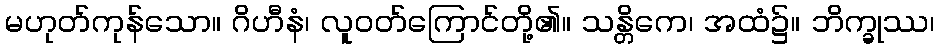
မဟုတ်ကုန်သော။ ဂိဟီနံ၊ လူဝတ်ကြောင်တို့၏။ သန္တိကေ၊ အထံ၌။ ဘိက္ခုဿ၊